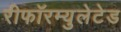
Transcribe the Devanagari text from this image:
रीफॉरम्युलेटेड